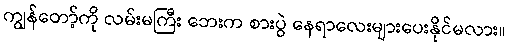
ကျွန်တော့်ကို လမ်းမကြီး ဘေးက စားပွဲ နေရာလေးများပေးနိုင်မလား။